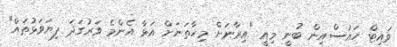
ވައިޓް ހައުސްއިން ބުނީ މިއީ "އިރާނަށް މިހާތަނަށް އަޅާ އެންމެ ވަރުގަދަ ފިޔަވަޅުތައް"